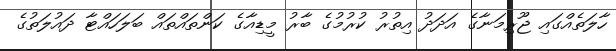
ހާލަތެއްގައި ޖޫރިމަނާގެ އަދަދު އިތުރު ކުރުމުގެ ބާރު މީޑިއާގެ ކަންތައްތައް ބަލަހައްޓާ ދައުލަތުގެ